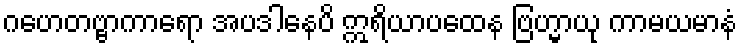
ဂဟေတဗ္ဗာကာရော အပဒါနေပိ ဣရိယာပထေန ဗြဟ္မာယု ကာမယမာနံ